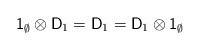
LaTeX: \begin{align*}{\sf 1}_{\emptyset} \otimes {\sf D}_1={\sf D}_1={\sf D}_1 \otimes {\sf 1}_{\emptyset}\end{align*}